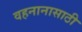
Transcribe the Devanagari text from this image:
वहनानासाठी